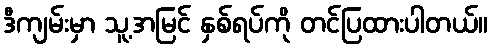
ဒီကျမ်းမှာ သူ့အမြင် နှစ်ရပ်ကို တင်ပြထားပါတယ်။